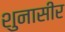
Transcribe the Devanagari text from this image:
शुनासीर